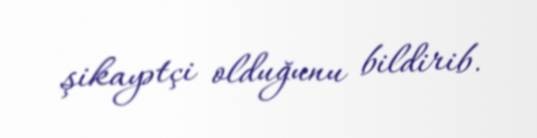
şikayətçi olduğunu bildirib.